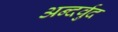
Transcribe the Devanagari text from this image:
अन्दर्वुद